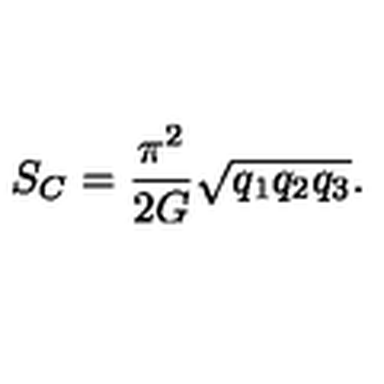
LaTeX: S _ { C } = \frac { \pi ^ { 2 } } { 2 G } \sqrt { q _ { 1 } q _ { 2 } q _ { 3 } } .